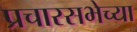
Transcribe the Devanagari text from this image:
प्रचारसभेच्या